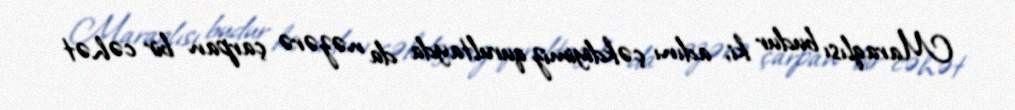
Maraqlısı budur ki, adını çəkdiyimiz qurultayda da nəzərə çarpan bir cəhət